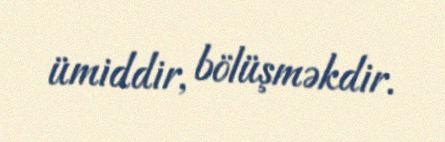
ümiddir, bölüşməkdir.